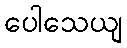
ပေါသေယျ